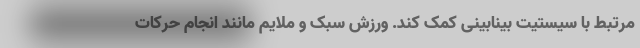
مرتبط با سیستیت بینابینی کمک کند. ورزش سبک و ملایم مانند انجام حرکات